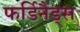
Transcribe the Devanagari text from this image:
फर्डिनैंड्स